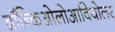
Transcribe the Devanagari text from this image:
ब्रॉन्किओलोआवियोलर